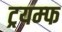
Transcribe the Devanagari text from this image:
ट्रयम्फ